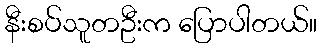
နီးစပ်သူတဦးက ပြောပါတယ်။